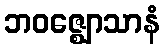
ဘဝဇ္ဈောသာနံ